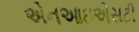
એનઆઇએસટી